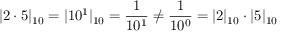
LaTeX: | 2 \cdot 5 | _ { 1 0 } = | 1 0 ^ { 1 } | _ { 1 0 } = { \frac { 1 } { 1 0 ^ { 1 } } } \neq { \frac { 1 } { 1 0 ^ { 0 } } } = | 2 | _ { 1 0 } \cdot | 5 | _ { 1 0 }